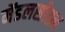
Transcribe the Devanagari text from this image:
मेंडलसोह्न